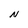
Character: N